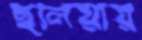
হুলিয়ায়